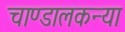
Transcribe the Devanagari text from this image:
चाण्डालकन्या